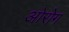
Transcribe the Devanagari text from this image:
ओरोग